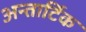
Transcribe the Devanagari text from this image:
अन्तार्टिक